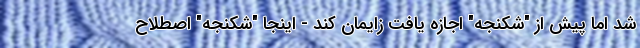
شد اما پیش از "شکنجه" اجازه یافت زایمان کند - اینجا "شکنجه" اصطلاح